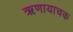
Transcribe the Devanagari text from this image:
ऋणायाचक